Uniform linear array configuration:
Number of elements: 24
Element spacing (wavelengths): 1
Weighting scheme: uniform
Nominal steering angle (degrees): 60
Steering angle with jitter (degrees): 61.173
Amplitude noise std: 0.05
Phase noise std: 0.05

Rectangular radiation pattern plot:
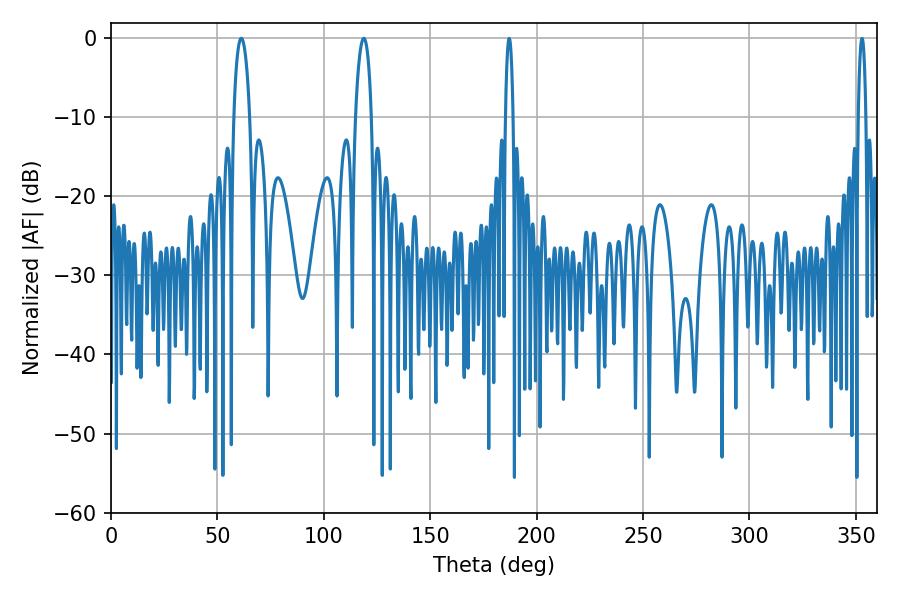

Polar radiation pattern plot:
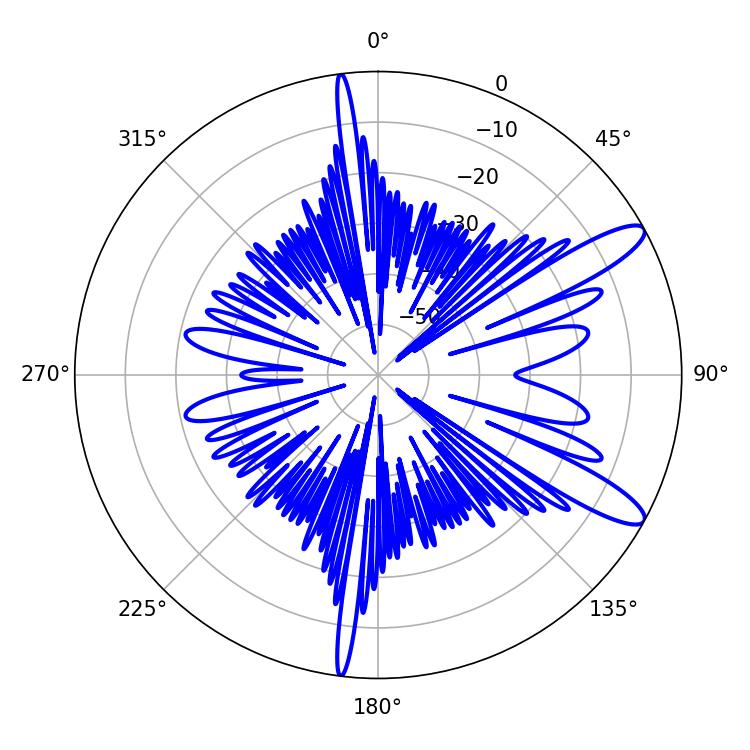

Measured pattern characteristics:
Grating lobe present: TRUE
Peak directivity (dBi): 11.582
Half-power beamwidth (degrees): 4.14
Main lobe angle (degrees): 61.2